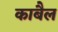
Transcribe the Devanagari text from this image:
काबैल